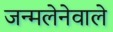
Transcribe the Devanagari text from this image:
जन्मलेनेवाले